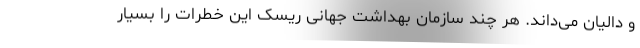
و دالیان می‌داند. هر چند سازمان بهداشت جهانی ریسک این خطرات را بسیار